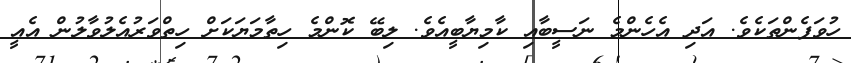
ހުވަފެންތަކެވެ. އަދި އެހެންމެ ނަސީބާއި ކާމިޔާބީއެވެ. ލިބޭ ކޮންމެ ހިތާމަޔަކަށް ހިތްވަރުއެލުވާލުން އެއީ